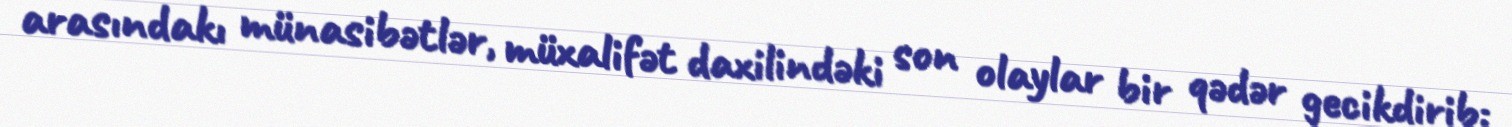
arasındakı münasibətlər, müxalifət daxilindəki son olaylar bir qədər gecikdirib: